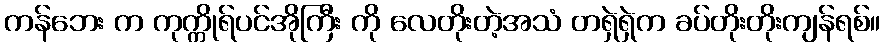
ကန်ဘေး က ကုက္ကိုရ်ပင်အိုကြီး ကို လေတိုးတဲ့အသံ တရှဲရှဲက ခပ်တိုးတိုးကျန်ရစ်။